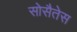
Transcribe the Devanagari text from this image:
सोसैतेस